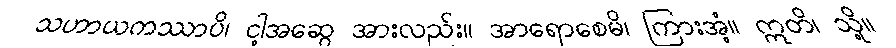
သဟာယကဿာပိ၊ ငါ့အဆွေ အားလည်း။ အာရောစေမိ၊ ကြားအံ့။ ဣတိ၊ သို့။